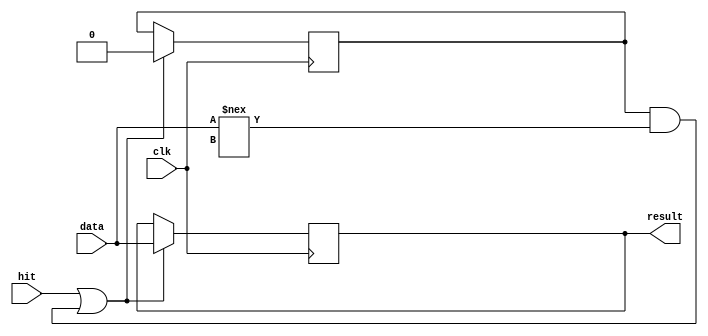
`timescale 1ns / 1ps

module pc(
	input clk,
	input hit,
	input [31 : 0] data,
	output reg [31 : 0] result = 0
	);
	
	reg flag;
	initial begin
		flag = 1;
	end
	
	// load data in to register
	always @(negedge clk)begin
		if (hit || flag && data !== 32'bx)begin
			result = data;
			flag = 0;
		end
	end

endmodule